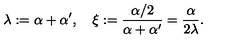
\lambda : = \alpha + \alpha ^ { \prime } , \quad \xi : = { \frac { \alpha / 2 } { \alpha + \alpha ^ { \prime } } } = { \frac { \alpha } { 2 \lambda } } .